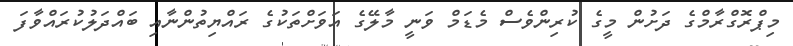
މިޕްރޮގްރާމްގެ ދަށުން މީގެ ކުރިންވެސް މެޑަމް ވަނީ މާލޭގެ އަވަށްތަކުގެ ރައްޔިތުންނާއި ބައްދަލުކުރައްވާފަ